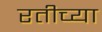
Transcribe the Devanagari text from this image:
रतीच्या